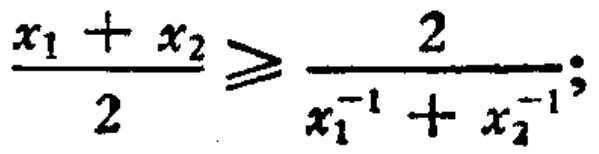
\frac{x_{1}+x_{2}}{2}\geqslant\frac{2}{x_{1}^{-1}+x_{2}^{-1}};